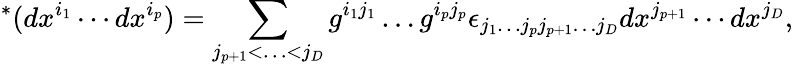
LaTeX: {}^{*}(dx^{i_{1}}\cdots dx^{i_{p}})=\sum_{j_{p+1}<\ldots<j_{D}}g^{i_{1}j_{1}}\ldots g^{i_{p}j_{p}}\epsilon_{j_{1}\ldots j_{p}j_{p+1}\ldots j_{D}}dx^{j_{p+1}}\cdots dx^{j_{D}},